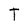
Character: T